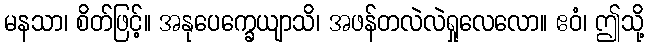
မနသာ၊ စိတ်ဖြင့်။ အနုပေက္ခေယျာသိ၊ အဖန်တလဲလဲရှုလေလော။ ဧဝံ၊ ဤသို့